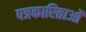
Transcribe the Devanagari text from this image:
पत्रकारिताओं